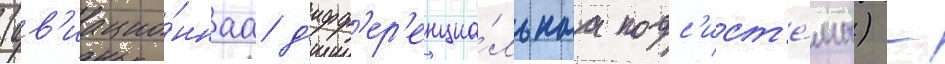
(ав'иацио́ннаа д'ифф'ер'енциа́льнаа подс'ист'е́ма) -